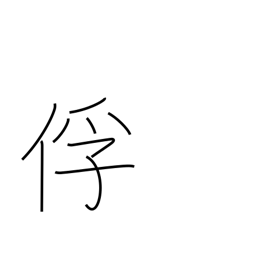
Meaning: captive